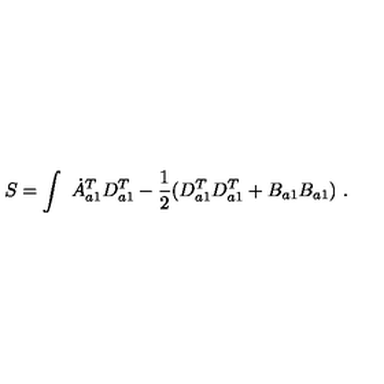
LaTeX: S = \int \ \dot { A } _ { a 1 } ^ { T } D _ { a 1 } ^ { T } - \frac { 1 } { 2 } ( D _ { a 1 } ^ { T } D _ { a 1 } ^ { T } + B _ { a 1 } B _ { a 1 } ) \ .